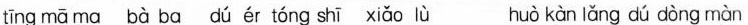
tīng mā ma bà ba dú ér tóng shī xiǎo lù huò kàn lǎng dú dòng màn